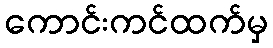
ကောင်းကင်ထက်မှ